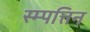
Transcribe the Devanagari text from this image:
स्म्पत्तिन